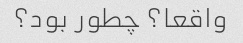
واقعا؟ چطور بود؟